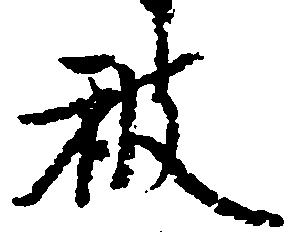
被